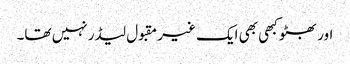
اور بھٹو کبھی بھی ایک غیر مقبول لیڈر نہیں تھا۔